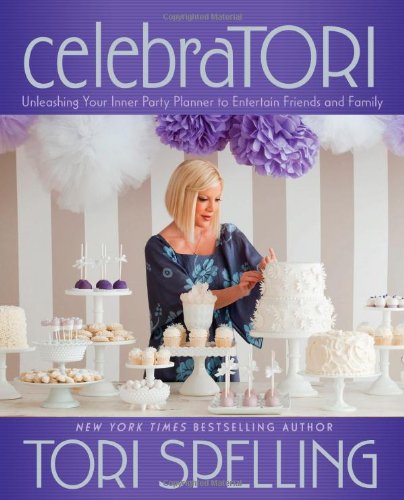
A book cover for celebraTORI: Unleashing Your Inner Party Planner to Entertain Friends and Family; Tori Spelling; Cookbooks, Food & Wine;